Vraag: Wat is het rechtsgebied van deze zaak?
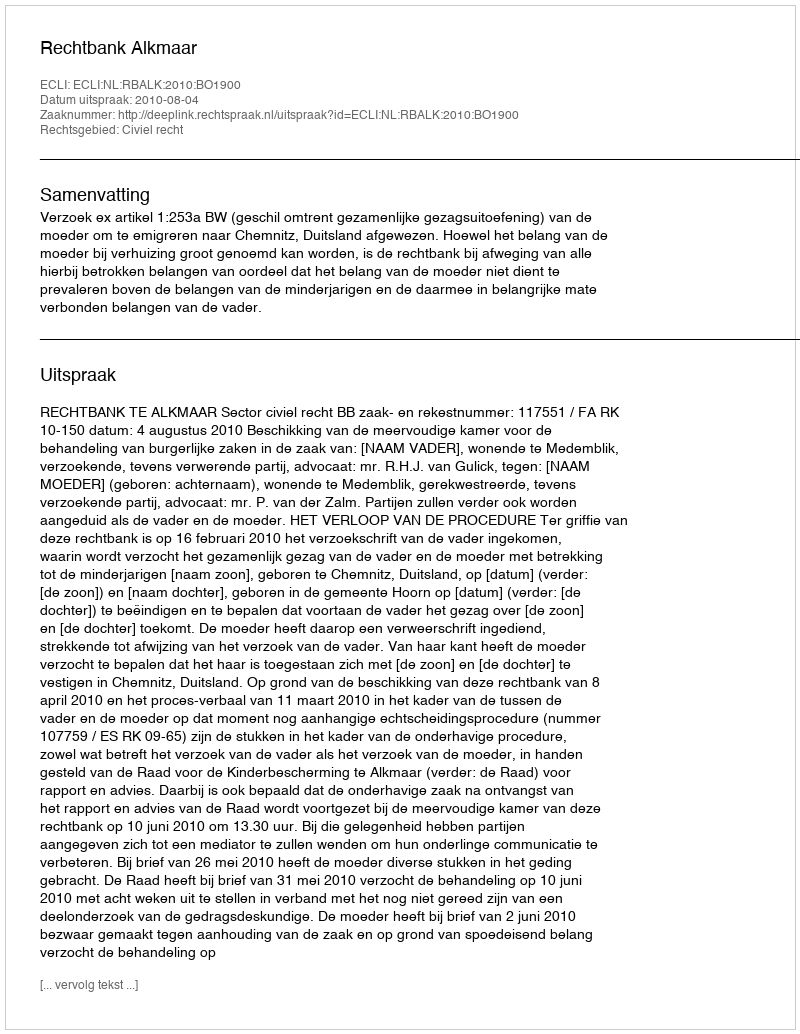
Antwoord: Civiel recht